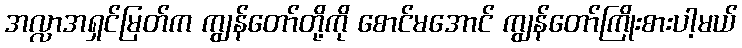
အလ္လာအရှင်မြတ်က ကျွန်တော်တို့ကို စောင်မအောင် ကျွန်တော်ကြိုးစားပါ့မယ်